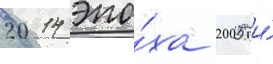
2014 эпо́ха 2005 и́